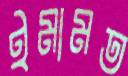
ইমামত